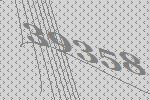
39358